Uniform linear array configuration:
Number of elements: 12
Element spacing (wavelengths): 0.75
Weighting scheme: hamming
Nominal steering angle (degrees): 60
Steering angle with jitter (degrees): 60.227
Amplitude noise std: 0.05
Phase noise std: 0.05

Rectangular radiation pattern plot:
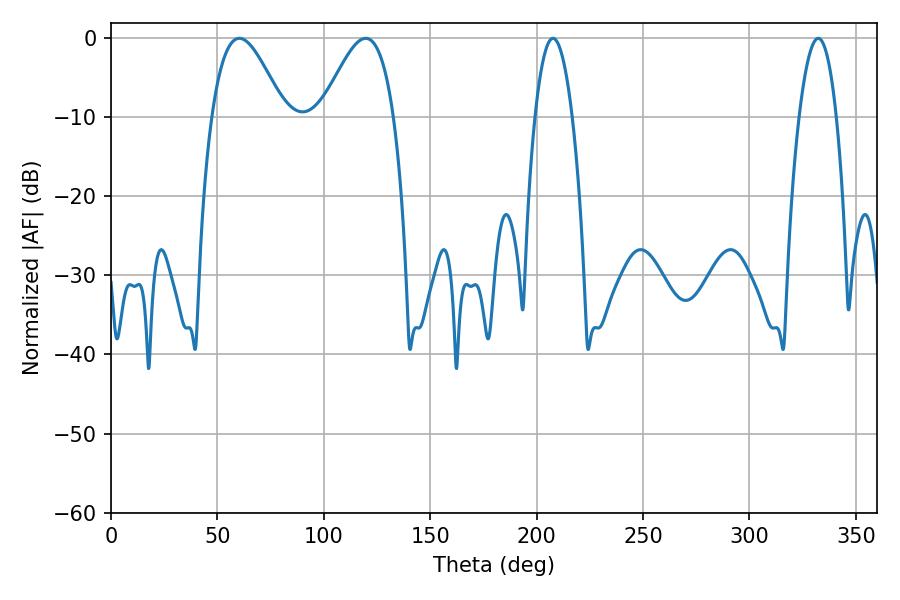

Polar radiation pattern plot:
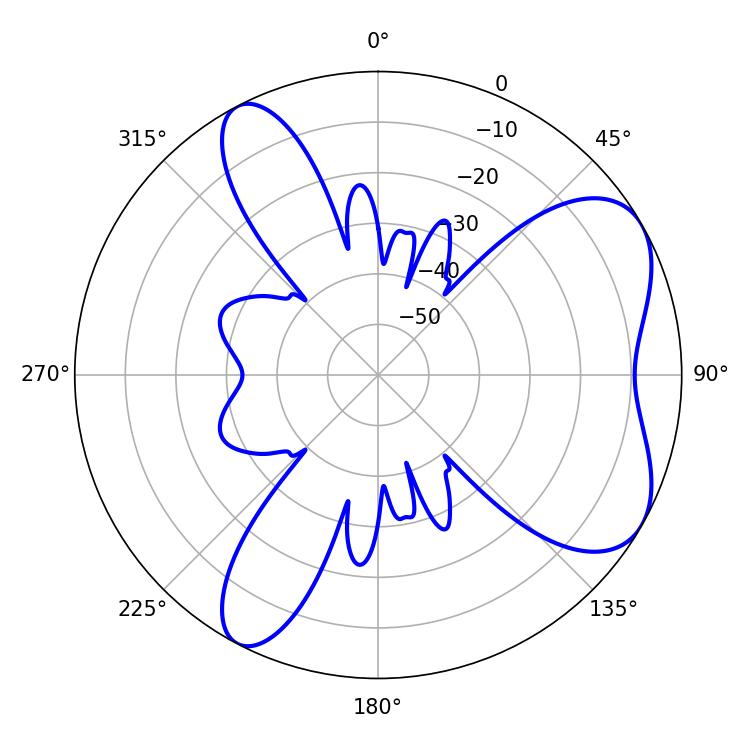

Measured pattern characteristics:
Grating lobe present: TRUE
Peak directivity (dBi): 6.272
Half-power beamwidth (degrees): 18.18
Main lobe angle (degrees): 60.3